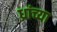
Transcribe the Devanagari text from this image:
ध्रांच्या